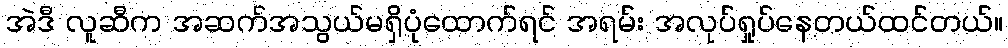
အဲဒီ လူဆီက အဆက်အသွယ်မရှိပုံထောက်ရင် အရမ်း အလုပ်ရှုပ်နေတယ်ထင်တယ်။